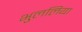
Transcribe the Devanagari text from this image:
भुललिया